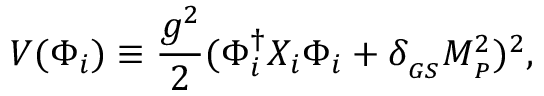
V ( \Phi _ { i } ) \equiv { \frac { g ^ { 2 } } { 2 } } ( \Phi _ { i } ^ { \dagger } X _ { i } \Phi _ { i } + \delta _ { _ { G S } } M _ { _ P } ^ { 2 } ) ^ { 2 } ,